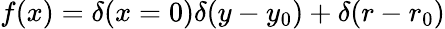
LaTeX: f(x)=\delta(x=0)\delta(y-y_{0})+\delta(r-r_{0})